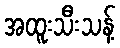
အထူးသီးသန့်